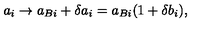
a _ { i } \to a _ { B i } + \delta a _ { i } = a _ { B i } ( 1 + \delta b _ { i } ) ,